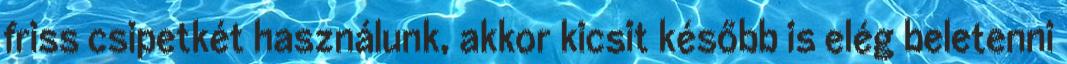
friss csipetkét használunk, akkor kicsit később is elég beletenni